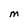
Character: m